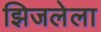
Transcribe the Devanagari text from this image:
झिजलेला